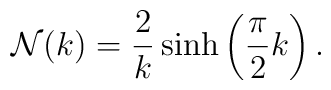
{\cal N}(k)=\frac{2}{k}\sinh\left(\frac{\pi}{2}k\right).